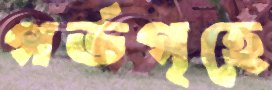
গর্ভগৃহে